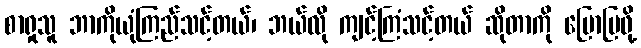
စာရှုသူ ဘာကိုယုံကြည်သင့်တယ်၊ ဘယ်လို ကျင့်ကြံသင့်တယ် ဆိုတာကို ပြောပြဖို့